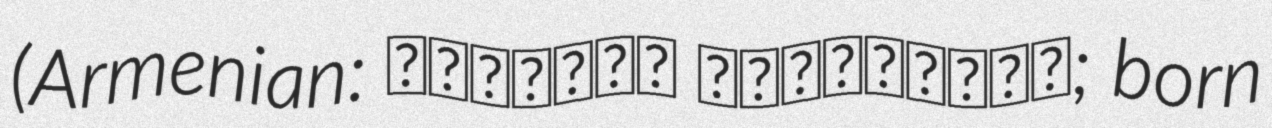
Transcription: (Armenian: Միքայել Ավետիսյան; born